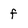
Character: f